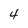
Character: 4